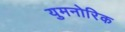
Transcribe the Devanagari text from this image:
युमनोरिक